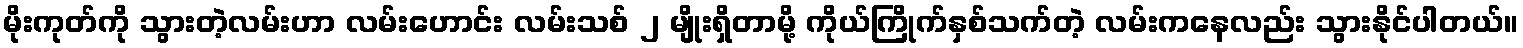
မိုးကုတ်ကို သွားတဲ့လမ်းဟာ လမ်းဟောင်း လမ်းသစ် ၂ မျိုးရှိတာမို့ ကိုယ်ကြိုက်နှစ်သက်တဲ့ လမ်းကနေလည်း သွားနိုင်ပါတယ်။